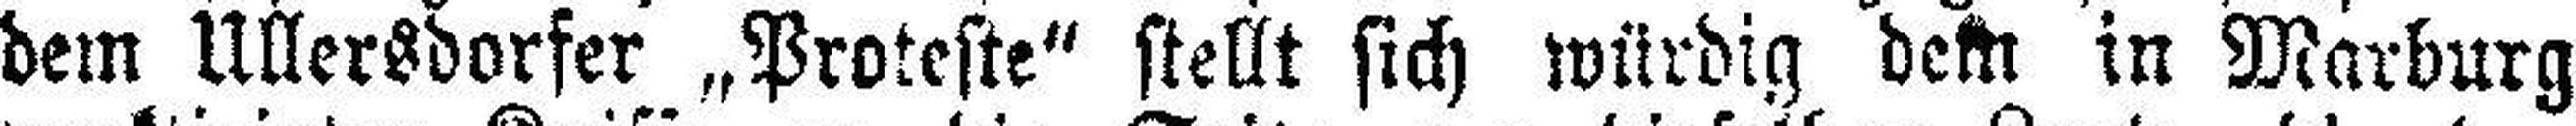
dem Ullersdorfer „Proteste“ stellt sich würdig dem in Marburg